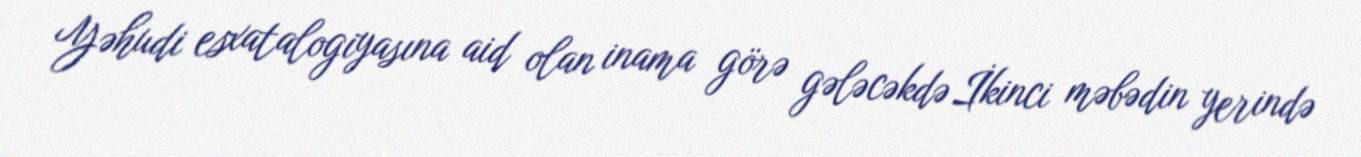
Yəhudi esxatalogiyasına aid olan inama görə gələcəkdə İkinci məbədin yerində